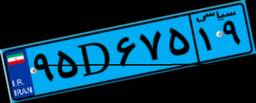
۹۵D۶۷۵۱۹